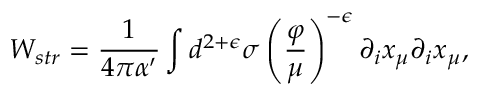
{ \cal W } _ { s t r } = \frac { 1 } { 4 \pi \alpha ^ { \prime } } \int d ^ { 2 + \epsilon } \sigma \left( \frac { \varphi } { \mu } \right) ^ { - \epsilon } \partial _ { i } x _ { \mu } \partial _ { i } x _ { \mu } ,